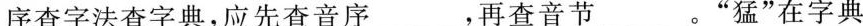
序查字法查字典，应先查音序___，再查音节___。 ”猛”在字典